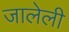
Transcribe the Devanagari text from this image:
जालेली